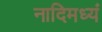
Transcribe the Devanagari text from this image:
नादिमध्यं